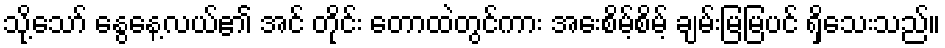
သို့သော် နွေနေ့လယ်၏ အင် တိုင်း တောထဲတွင်ကား အေးစိမ့်စိမ့် ချမ်းမြမြပင် ရှိသေးသည်။